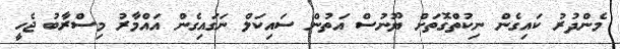
މެންދުރު ކައިގެން ނިކުތްގޮތަށް ޔޫނުސް އަތުން ސައިކަލް ނަގައިގެން އައްމާރު މިސްރާބު ޖެހީ